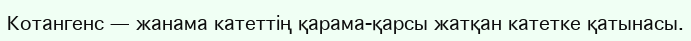
Котангенс — жанама катеттің қарама-қарсы жатқан катетке қатынасы.